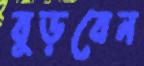
বুড়বেন